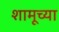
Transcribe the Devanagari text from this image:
शामूच्या